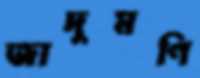
জাদুমণি